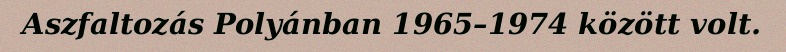
Aszfaltozás Polyánban 1965–1974 között volt.